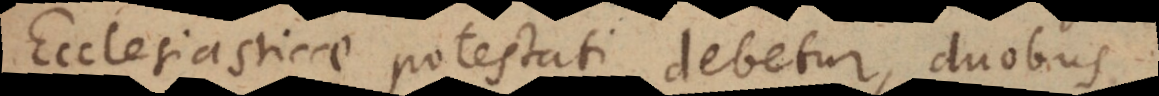
Ecclesiasticae potestati debetur, duobus